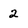
Character: 2